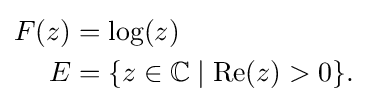
{\begin{aligned}F(z)&=\log(z)\\E&=\{z\in \mathbb {C} \mid \operatorname {Re} (z)>0\}.\end{aligned}}